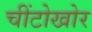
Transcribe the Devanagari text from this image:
चींटोखोर